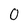
Character: 0